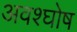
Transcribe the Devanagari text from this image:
अवश्घोष